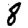
Digit: 8